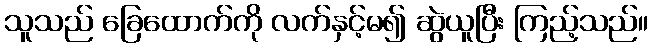
သူသည် ခြေထောက်ကို လက်နှင့်မ၍ ဆွဲယူပြီး ကြည့်သည်။